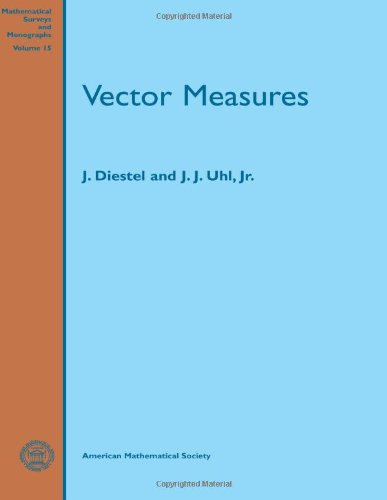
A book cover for Vector Measures (Mathematical Surveys, Number 15); J. J. Uhl; Science & Math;